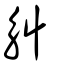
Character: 觓